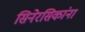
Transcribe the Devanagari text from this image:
सिनेरसिकांना